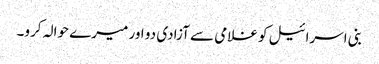
بنی اسرائیل کو غلامی سے آزادی دو اور میرے حوالہ کرو۔